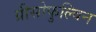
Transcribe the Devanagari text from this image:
ग्रीसोफुल्विन